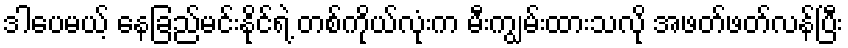
ဒါပေမယ့် နေခြည်မင်းနိုင်ရဲ့ တစ်ကိုယ်လုံးက မီးကျွမ်းထားသလို အဖတ်ဖတ်လန်ပြီး